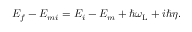
\begin{array} { r } { E _ { f } - E _ { m i } = { \cal E } _ { i } - { \cal E } _ { m } + \hbar \omega _ { \mathrm { L } } + i \hbar \eta . } \end{array}